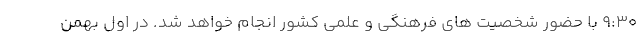
9:30 با حضور شخصیت های فرهنگی و علمی کشور انجام خواهد شد. در اول بهمن